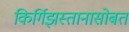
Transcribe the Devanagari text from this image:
किर्गिझस्तानासोबत